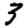
Digit: 3